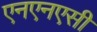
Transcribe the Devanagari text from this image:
एनएनएसी